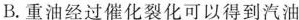
B.重油经过催化裂化可以得到汽油